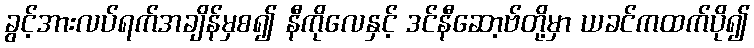
ခွင့်အားလပ်ရက်အချိန်မှစ၍ နီကိုလေနှင့် ဒင်နီဆော့ဗ်တို့မှာ ယခင်ကထက်ပို၍